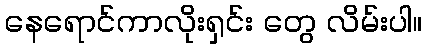
နေရောင်ကာလိုးရှင်း တွေ လိမ်းပါ။